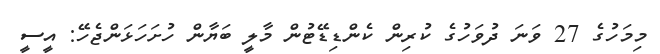
މިމަހުގެ 27 ވަނަ ދުވަހުގެ ކުރިން ކެންޑިޑޭޓުން މާލީ ބަޔާން ހުށަހަޅަންޖެހޭ: އީސީ